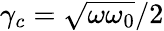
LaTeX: \gamma_{c}=\sqrt{\omega\omega_{0}}/2